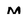
Character: M